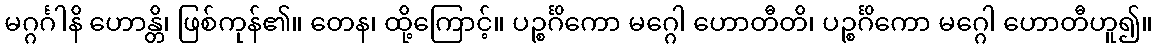
မဂ္ဂင်္ဂါနိ ဟောန္တိ၊ ဖြစ်ကုန်၏။ တေန၊ ထို့ကြောင့်။ ပဉ္စင်္ဂိကော မဂ္ဂေါ ဟောတီတိ၊ ပဉ္စင်္ဂိကော မဂ္ဂေါ ဟောတီဟူ၍။